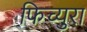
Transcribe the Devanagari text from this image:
फिच्युरा